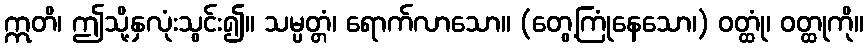
ဣတိ၊ ဤသို့နှလုံးသွင်း၍။ သမ္ပတ္တံ၊ ရောက်လာသော။ (တွေ့ကြုံနေသော၊) ဝတ္ထုံ၊ ဝတ္ထုကို။